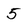
Character: 5